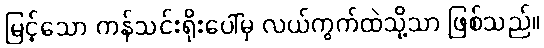
မြင့်သော ကန်သင်းရိုးပေါ်မှ လယ်ကွက်ထဲသို့သာ ဖြစ်သည်။